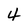
Character: 4